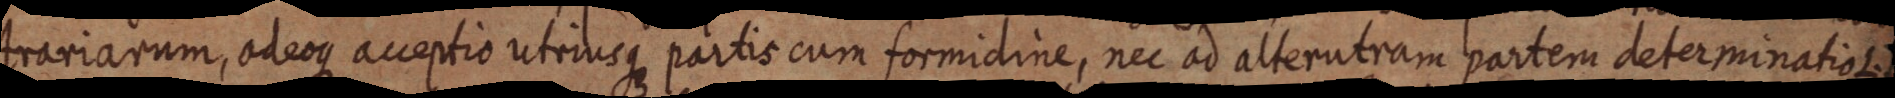
trariarum, odeoque acceptio utriusque partis cum formidine, nec ad alterutram partem determinatio L.